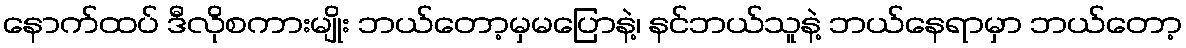
နောက်ထပ် ဒီလိုစကားမျိုး ဘယ်တော့မှမပြောနဲ့၊ နင်ဘယ်သူနဲ့ ဘယ်နေရာမှာ ဘယ်တော့